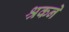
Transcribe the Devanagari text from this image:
श्रकने